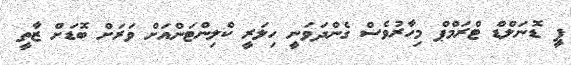
ޕީ ޑޮނަލްޑް ޓްރަމްޕް މިހާރުވެސް ގެންދަވަނީ ހިލަރީ ކްލިންޓަންއަށް ވަރަށް ބޮޑަށް ޒާތީ